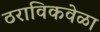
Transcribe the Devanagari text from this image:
ठराविकवेळा